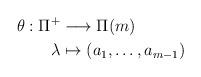
LaTeX: \begin{align*} \theta : \Pi^+ &\longrightarrow \Pi(m) \\\lambda &\mapsto (a_1, \ldots, a_{m-1})\end{align*}